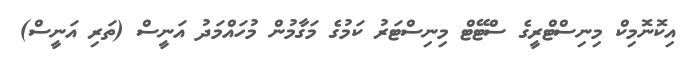
އިކޮނޮމިކް މިނިސްޓްރީގެ ސްޓޭޓް މިނިސްޓަރު ކަމުގެ މަގާމުން މުހައްމަދު އަނީސް (ތަރި އަނީސް)